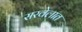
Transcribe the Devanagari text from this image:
सरवेलात